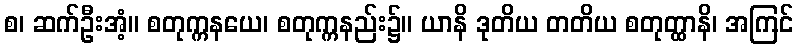
စ၊ ဆက်ဦးအံ့။ စတုက္ကနယေ၊ စတုက္ကနည်း၌။ ယာနိ ဒုတိယ တတိယ စတုတ္ထာနိ၊ အကြင်